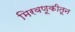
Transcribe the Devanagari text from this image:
मिरवणूकीतून